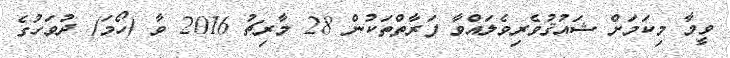
ވީމާ މިކަމަށް ޝައުޤުވެރިވެލައްވާ ފަރާތްތަކުން 28 މާރިޗު 2016 ވާ (ހޯމަ) ދުވަހުގެ